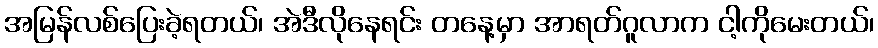
အမြန်လစ်ပြေးခဲ့ရတယ်၊ အဲဒီလိုနေရင်း တနေ့မှာ အာရတ်ဂူလာက ငါ့ကိုမေးတယ်၊